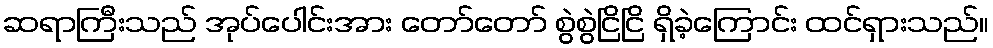
ဆရာကြီးသည် အုပ်ပေါင်းအား တော်တော် စွဲစွဲငြိငြိ ရှိခဲ့ကြောင်း ထင်ရှားသည်။